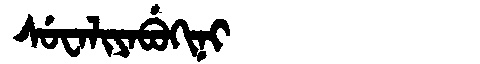
Manchu: ᠰᡠᠸᠠᠯᡳᠶᠠᠪᡠᡴᡳᠨᡳ
Romanization: SUWALIYABUKINI